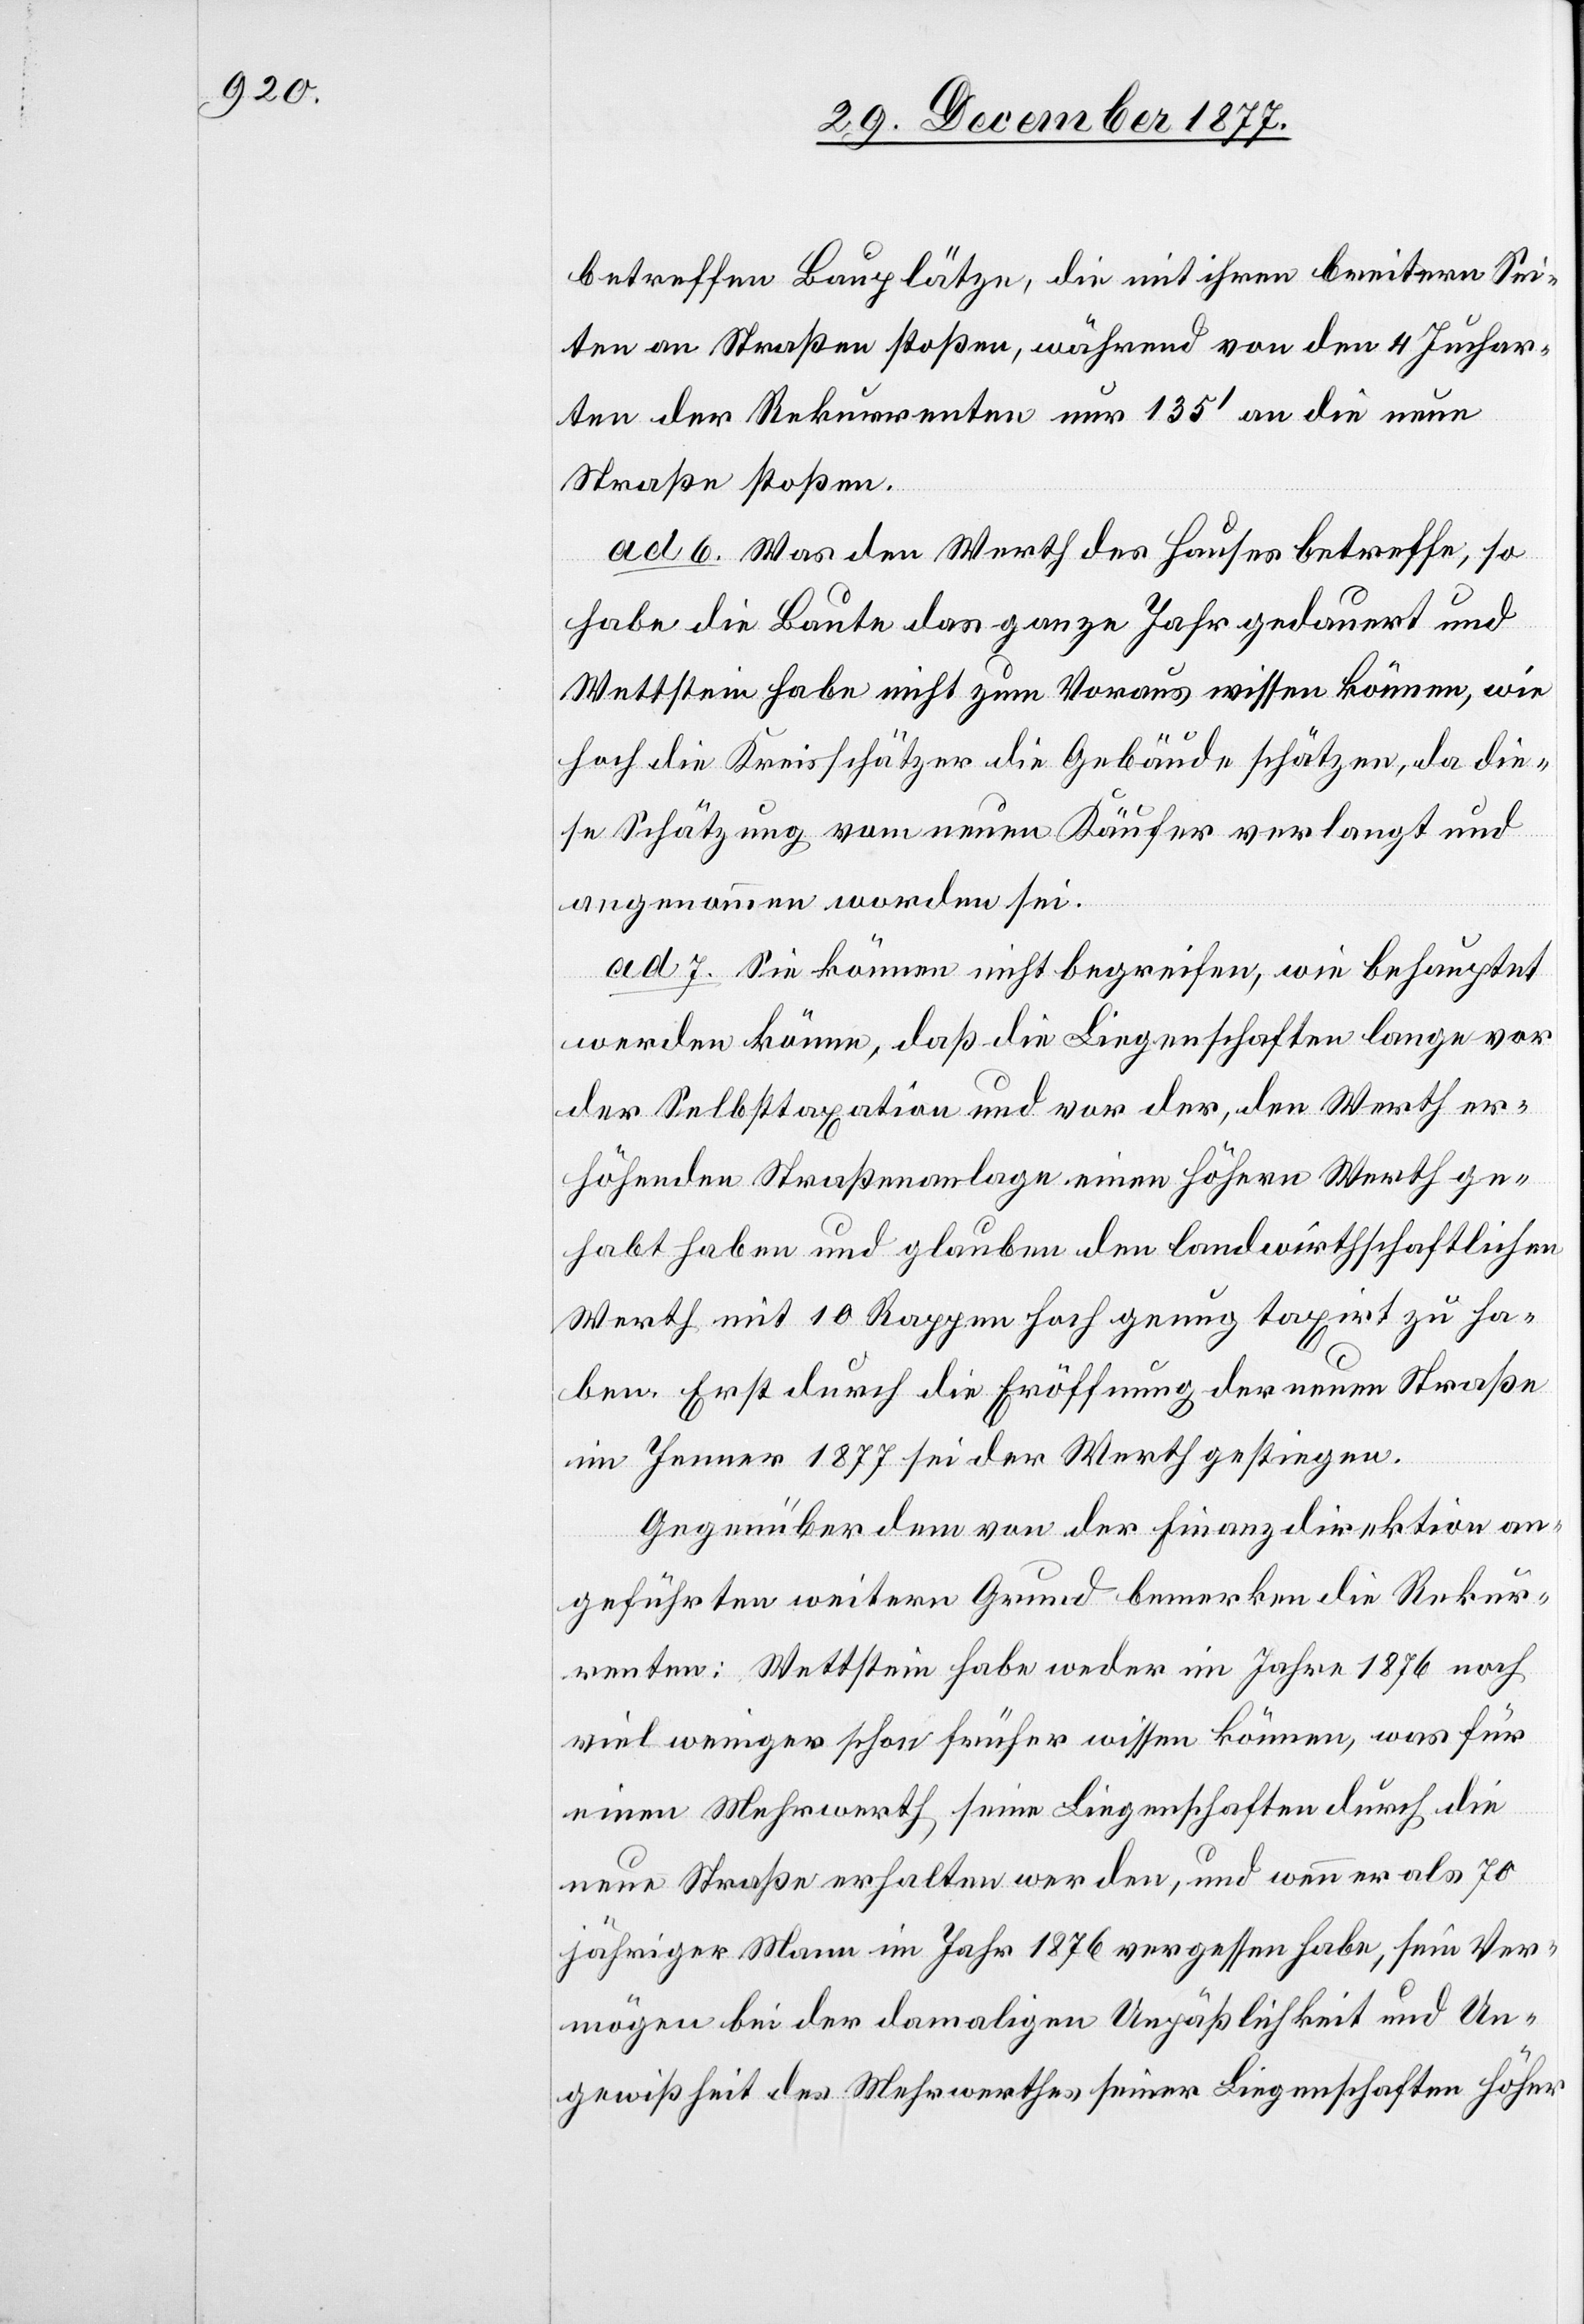
betreffen Bauplätze, die mit ihren breitern Sei¬
ten an Straßen stoßen, während von den 4 Juchar¬
ten der Rekurrenten nur 135‘ an die neue
Straße stoßen.
ad 6. Was den Werth des Hauses betreffe, so
habe die Baute das ganze Jahr gedauert und
Wettstein habe nicht zum Voraus wissen können, wie
hoch die Kreisschätzer die Gebäude schätzen, da die¬
se Schätzung vom neuen Käufer verlangt und
angenommen worden sei.
ad 7. Sie können nicht begreifen, wie behauptet
werden könne, daß die Liegenschaften lange vor
der Selbsttaxation und vor der, den Werth er¬
höhenden Straßenanlage einen höhern Werth ge¬
habt haben und glauben den landwirthschaftlichen
Werth mit 10 Rappen hoch genug taxirt zu ha¬
ben. Erst durch die Eröffnung der neuen Straße
im Janner 1877 sei der Werth gestiegen.
Gegenüber dem von der -Finanzdirektion an¬
geführten weitern Grund bemerken die Rekur¬
renten: Wettstein habe weder im Jahre 1876 noch
viel weniger schon früher wissen können, was für
einen Mehrwerth seine Liegenschaften durch die
neue Straße erhalten werden, und wenn er als 70
jähriger Mann im Jahr 1876 vergessen habe, sein Ver¬
mögen bei der damaligen Unpäßlichkeit und Un¬
gewißheit des Mehrwerthes seiner Liegenschaften höher